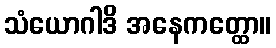
သံယောဂါဒိ အနေကတ္ထော။